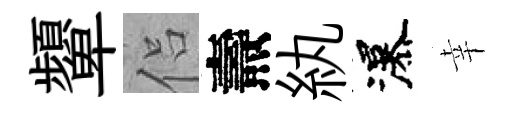
顰侣燾紈瀑幸